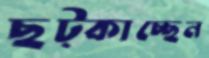
ছট্‌কাচ্ছেন